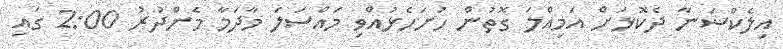
އިލެކްޝަނާ ދެކޮޅަށް އަމިއްލަ ގޮތުން ހުށަހެޅުއްވި މައްސަލަ މާދަމާ މެންދުރު 2:00 ގައި